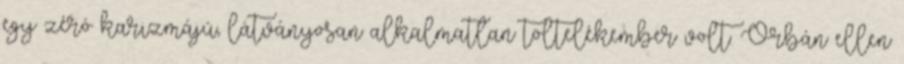
egy zéró karizmájú, látványosan alkalmatlan töltelékember volt. Orbán ellen